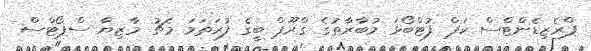
ޕްރެޒިޑެންޓްސް ކަޕް ފުޓްބޯޅަ މުބާރާތުގެ ގްރޫޕް ބީގެ ފުރަތަމަ މެޗު މާޒިޔާ ސްޕޯޓްސް